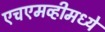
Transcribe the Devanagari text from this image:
एचएमव्हीमध्ये